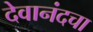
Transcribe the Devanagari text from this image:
देवानंदचा